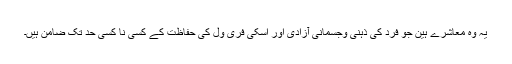
یہ وہ معاشرے ہین جو فرد کی ذہنی وجسمانی آزادی اور اسکی فری ول کی حفاظت کے کسی نا کسی حد تک ضامن ہیں۔